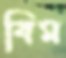
বিম